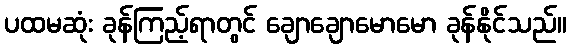
ပထမဆုံး ခုန်ကြည့်ရာတွင် ချောချောမောမော ခုန်နိုင်သည်။